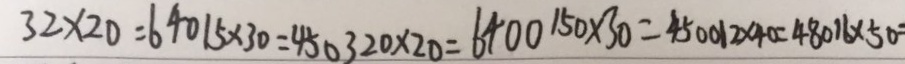
3 2 \times 2 0 = 6 4 0 1 5 \times 3 0 = 4 5 0 3 2 0 \times 2 0 = 6 4 0 0 1 5 0 \times 3 0 = 4 5 0 0 1 2 \times 4 0 = 4 8 0 1 6 \times 5 0